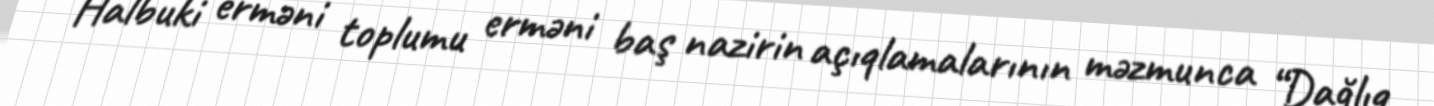
Halbuki erməni toplumu erməni baş nazirin açıqlamalarının məzmunca “Dağlıq